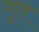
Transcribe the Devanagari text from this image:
गूत